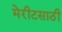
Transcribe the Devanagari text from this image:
मेरीटसाठी